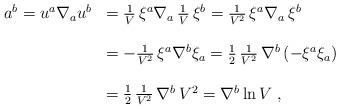
LaTeX: \begin{align*}\begin{array}{ll}a^{b}=u^{a}\nabla_{a}u^{b}&={1\over V}\,\xi^{a}\nabla_{a}\,{1\over V}\,\xi^{b}={1\over V^2}\,\xi^{a}\nabla_{a}\,\xi^{b}\\\\&=-{1\over V^2}\,\xi^{a}\nabla^{b}\xi_{a}={1\over2}\,{1\over V^2}\,\nabla^{b}\left(-\xi^{a}\xi_{a}\right)\\\\&={1\over2}\,{1\over V^2}\,\nabla^{b}\,V^2=\nabla^{b}\ln V\;,\end{array}\end{align*}